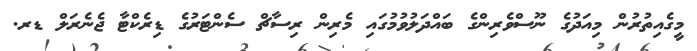
މީގެއިތުރުން މިއަދުގެ ނޫސްވެރިންގެ ބައްދަލުވުމުގައި މެރިން ރިސާޗް ސެންޓަރުގެ ޑިރެކްޓާ ޖެނެރަލް ޑރ.